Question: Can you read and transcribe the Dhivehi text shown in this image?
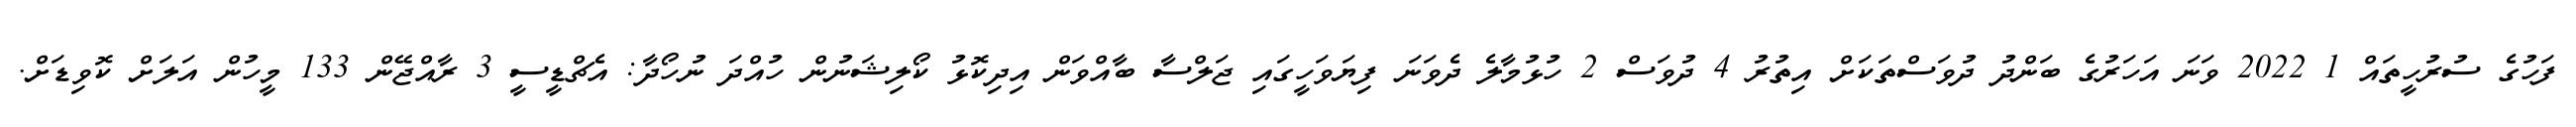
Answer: ފަހުގެ ސުރުހީތައް 1 2022 ވަނަ އަހަރުގެ ބަންދު ދުވަސްތަކަށް އިތުރު 4 ދުވަސް 2 ހުޅުމާލެ ދެވަނަ ފިޔަވަހީގައި ޖަލްސާ ބާއްވަން އިދިކޮޅު ކޯލިޝަނުން ހުއްދަ ނުހޯދާ: އެޗްޑީސީ 3 ރާއްޖޭން 133 މީހުން އަލަށް ކޮވިޑަށް.